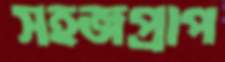
সহজপ্রাপ